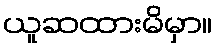
ယူဆထားမိမှာ။